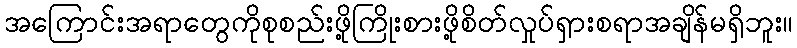
အကြောင်းအရာတွေကိုစုစည်းဖို့ကြိုးစားဖို့စိတ်လှုပ်ရှားစရာအချိန်မရှိဘူး။